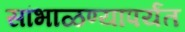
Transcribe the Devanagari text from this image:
सांभाळण्यापर्यंत